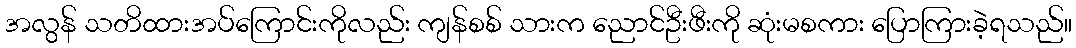
အလွန် သတိထားအပ်ကြောင်းကိုလည်း ကျန်စစ် သားက ညောင်ဦးဖီးကို ဆုံးမစကား ပြောကြားခဲ့ရသည်။